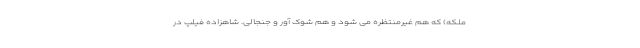
ملکه) که هم غیرمنتظره می شود و هم شوک آور و جنجالی. شاهزاده فیلپ در